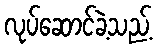
လုပ်ဆောင်ခဲ့သည့်